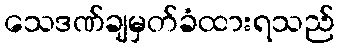
သေဒဏ်ချမှတ်ခံထားရသည်